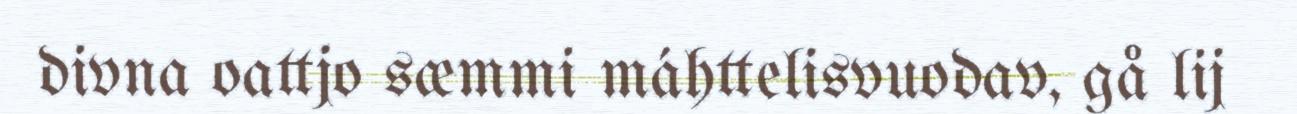
divna oattjo sæmmi máhttelisvuodav, gå lij